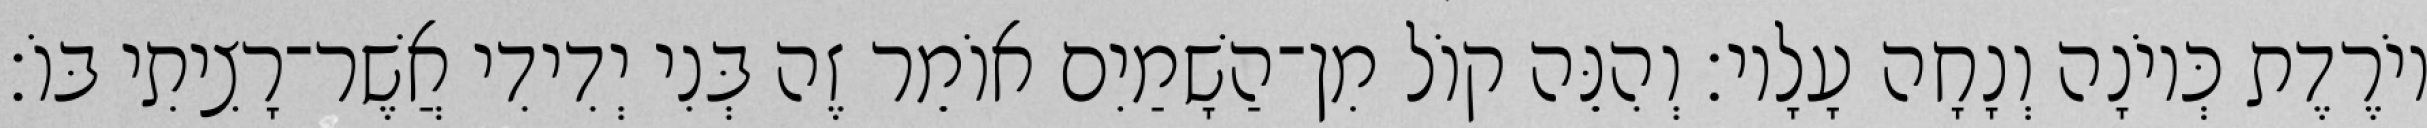
יוֹרֶדֶת כְּיוֹנָה וְנָחָה עָלָיו׃ וְהִנֵּה קוֹל מִן־הַשָׁמַיִם אוֹמֵר זֶה בְּנִי יְדִידִי אֲשֶׁר־רָצִיתִי בּוֹ׃